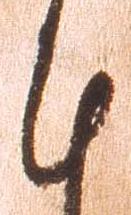
計